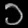
Digit: ၁